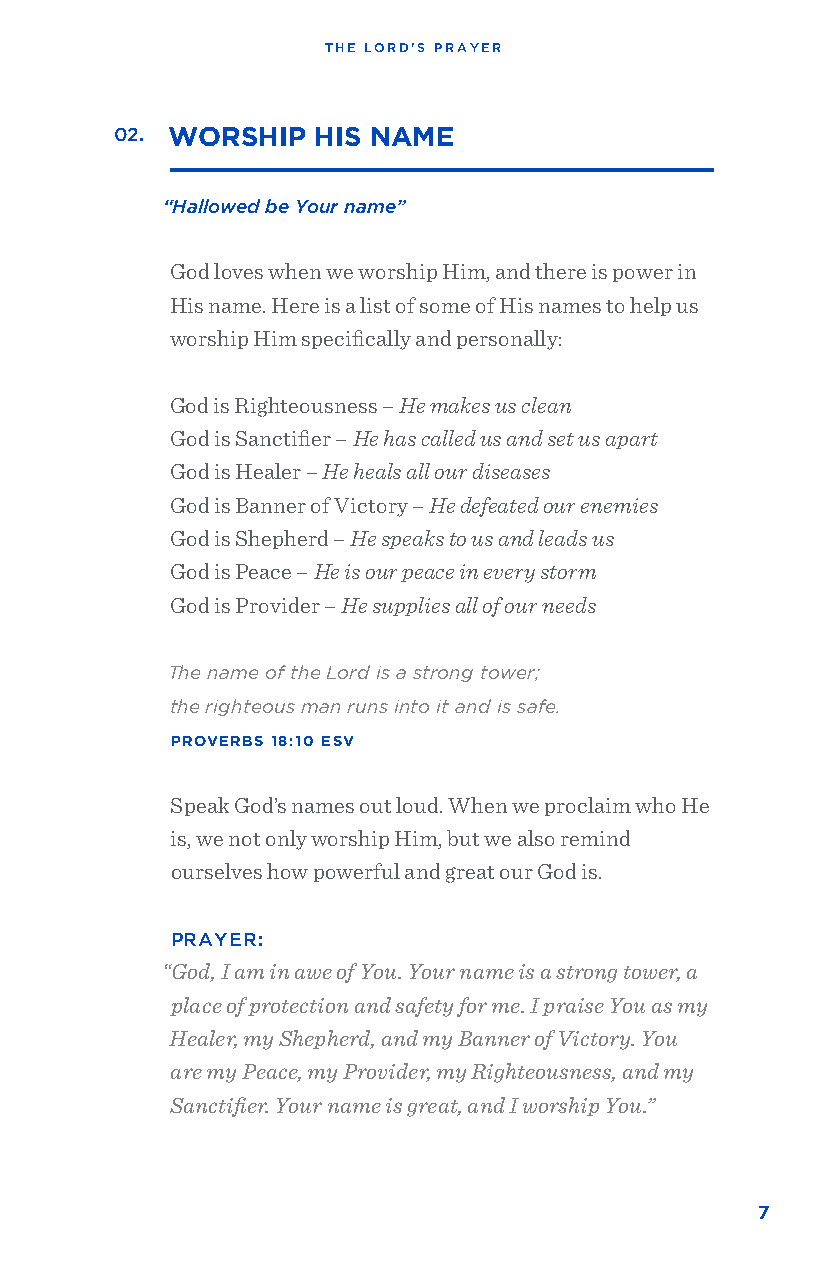
THE LORD’S PRAYER
 02. WORSHIP  HIS NAME
 “Hallowed be Your name”
 God loves when we worship Him, and there is power in
 His name. Here is a list of some of His names to help us
 worship Him specifically and personally:
 God is Righteousness – He makes us clean
 God is Sanctifier – He has called us and set us apart
 God is Healer – He heals all our diseases
 God is Banner of Victory – He defeated our enemies
 God is Shepherd – He speaks to us and leads us
 God is Peace – He is our peace in every storm
 God is Provider – He supplies all of our needs
 The name of the Lord is a strong tower;
 the righteous man runs into it and is safe.
 PROVERBS 18:10 ESV
 Speak God’s names out loud. When we proclaim who He
 is, we not only worship Him, but we also remind
 ourselves how powerful and great our God is.
 PRAYER:
 “God, I am in awe of You. Your name is a strong tower, a
 place of protection and safety for me. I praise You as my
 Healer, my Shepherd, and my Banner of Victory. You
 are my Peace, my Provider, my Righteousness, and my
 Sanctifier. Your name is great, and I worship You.”
 7